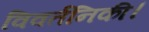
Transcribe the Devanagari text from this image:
विवर्तनिकी।